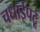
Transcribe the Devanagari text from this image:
चधाईपटू